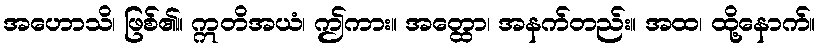
အဟောသိ၊ ဖြစ်၏။ ဣတိအယံ၊ ဤကား။ အတ္ထော၊ အနက်တည်း။ အထ၊ ထို့နောက်။